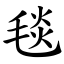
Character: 毯